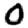
Digit: 0